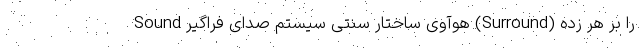
Sound هوآوی ساختار سنتی سیستم صدای فراگیر (Surround) را بر هر زده